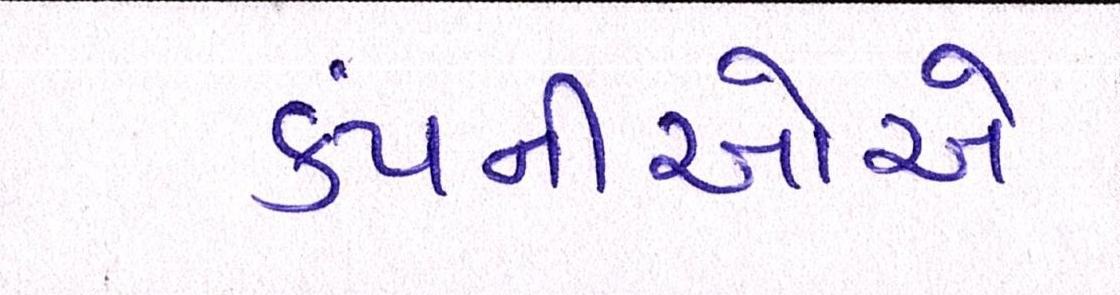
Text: કંપનીઓએ